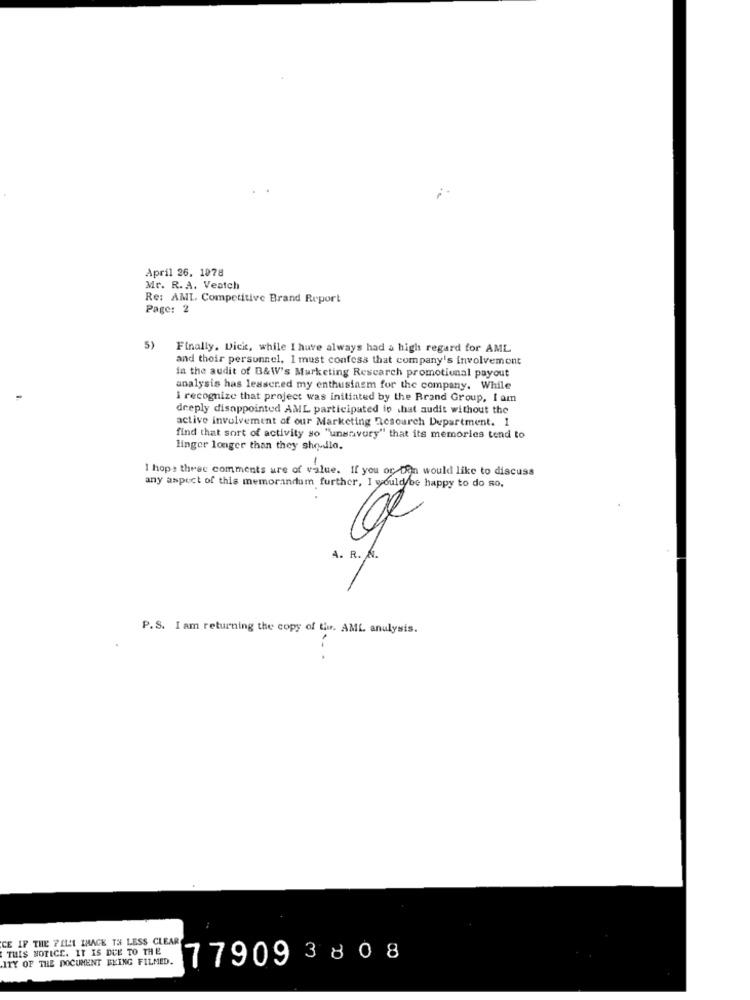
April 26. 1078
Mr. R. A. Veatch
Re: AMI. Competitive Brand Report
Page: 2
5)
Finally, Dicit, while I have always had a high regard for AML
and their personnel, I must confess that company's involvement
in the audit of B&W's Marketing Rescarch promotional payout
analysis has lesscred my enthusiasm for the company. While
i recognize that project was initiated by the Brand Group, I am
deeply disappointed AML participated ip that audit without the
active involvement of our Marketing Resourch Department. 1
find that sort of activity so "unsavory" that its memories tend to
linger longer than they sho-dlo.
-
I hope these comments ure of value. If you or Don would like to discuss
any aspect of this memorandum further, I would be happy to do so.
A. R. N.
P.S. I am returning the copy of tiur. AML analysis.
CE IF THE PILL IMAGE TH LESS CLEAR
THIS NOTICE. IT IS DUE TO THE
ITY OF THE DOCUMENT BEING FILMED.
77909 3808